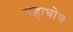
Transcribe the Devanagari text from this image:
महाघोष